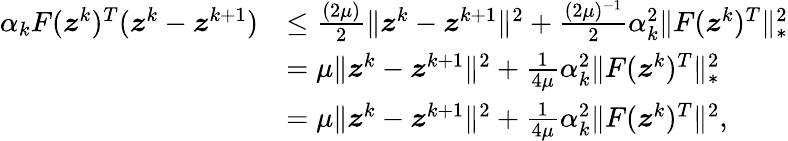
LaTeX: \begin{array}{rl}{\alpha_{k}F(\boldsymbol{z}^{k})^{T}(\boldsymbol{z}^{k}-\boldsymbol{z}^{k+1})}&{\leq\frac{(2\mu)}{2}\| \boldsymbol{z}^{k}-\boldsymbol{z}^{k+1}\| ^{2}+\frac{(2\mu)^{-1}}{2}\alpha_{k}^{2}\| F(\boldsymbol{z}^{k})^{T}\| _{*}^{2}}\\ &{=\mu\| \boldsymbol{z}^{k}-\boldsymbol{z}^{k+1}\| ^{2}+\frac{1}{4\mu}\alpha_{k}^{2}\| F(\boldsymbol{z}^{k})^{T}\| _{*}^{2}}\\ &{=\mu\| \boldsymbol{z}^{k}-\boldsymbol{z}^{k+1}\| ^{2}+\frac{1}{4\mu}\alpha_{k}^{2}\| F(\boldsymbol{z}^{k})^{T}\| ^{2},}\end{array}